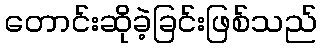
တောင်းဆိုခဲ့ခြင်းဖြစ်သည်